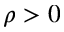
\rho > 0